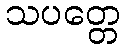
သပတ္တေ